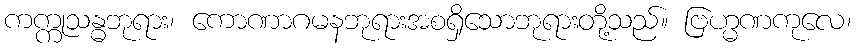
ကက္ကုသန္ဓဘုရား၊ ကောဏာဂမနဘုရားအစရှိသောဘုရားတို့သည်။ ဗြဟ္မဏကုလေ၊